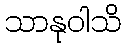
သာနုဝါသိ